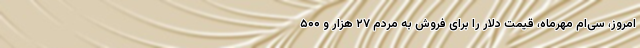
امروز، سی‌ام مهرماه، قیمت دلار را برای فروش به مردم ۲۷ هزار و ۵۰۰